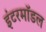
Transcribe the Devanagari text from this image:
इंटरमॉडल